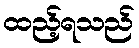
ထည့်ရသည်